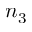
n _ { 3 }